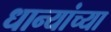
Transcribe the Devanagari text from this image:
धान्यांच्या